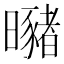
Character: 𣌁